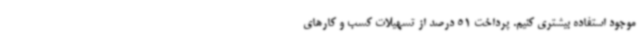
موجود استفاده بیشتری کنیم. پرداخت 51 درصد از تسهیلات کسب و کارهای